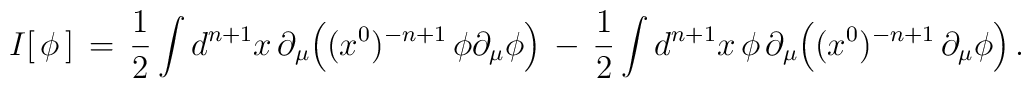
I [\,\phi\,]\,=\,{1\over 2} \int d^{n+1}x \, \partial_\mu \Big( ( x^0 )^{-n+1}\,\phi \partial_\mu \phi \Big) \,-\, {1\over 2} \int d^{n+1}x \, \phi \, \partial_\mu \Big( ( x^0 )^{-n+1}\,\partial_\mu \phi \Big) \,.